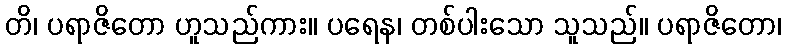
တိ၊ ပရာဇိတော ဟူသည်ကား။ ပရေန၊ တစ်ပါးသော သူသည်။ ပရာဇိတော၊